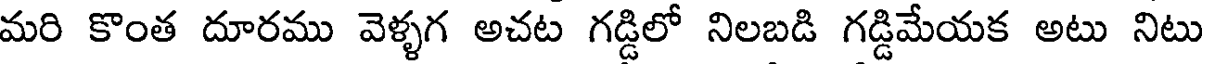
మరి కొంత దూరము వెళ్ళగ అచట గడ్డిలో నిలబడి గడ్డిమేయక అటు నిటు